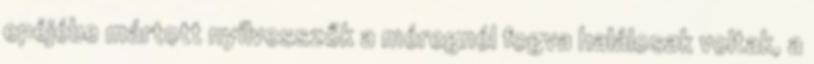
epéjébe mártott nyílvesszők a méregnél fogva halálosak voltak, a